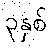
၃နှစ်